Notes on vaccination in the North-West Frontier Province 1923-1928 - 1923-1928
Year: 1923
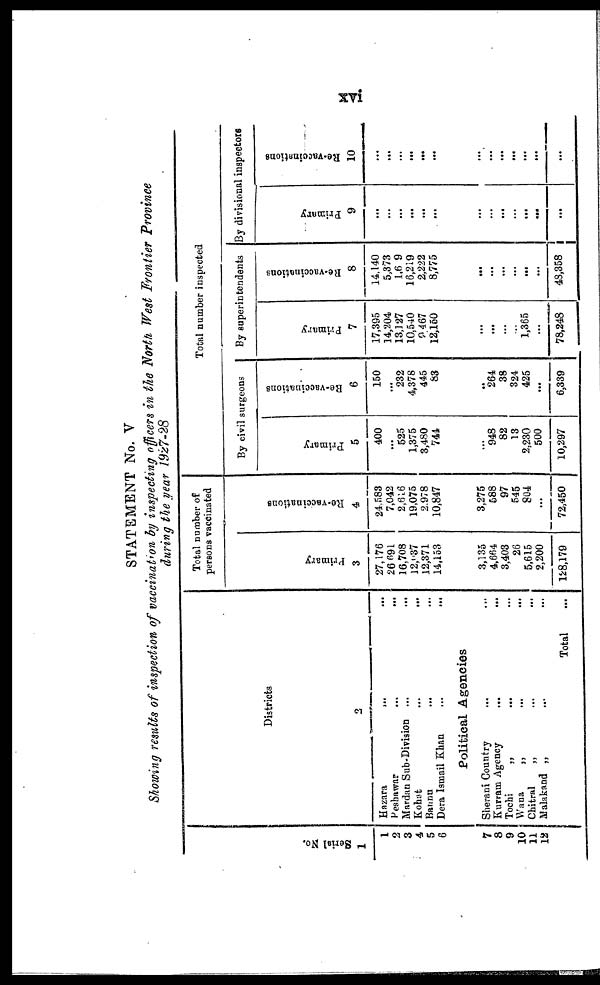
xvi
STATEMENT No. V
Showing results of inspection of vaccination by inspecting officers in the North West Frontier Province
during the year 1927-28
Serial No.
1
1
2
3
4
5
6
7
8
9
10
11
12
Districts
2
Hazara
...
...
Peshawar
...
...
Mardan Sub-Division ... ...
Kohat ... ...
Bannu ... ...
Dera Ismail Khan
...
...
Political Agencies
Sherani Country ... ...
Kurram Agency
...
...
Tochi
„ ... ...
Wana
„
...
...
Chitral
„ ... ...
Malakand „ ... ...
Total ...
Total number of
persons vaccinated
Primary
3
27,176
26,691
16,708
12,037
12,371
14,153
3,135
4,664
3,403
26
5,615
2,200
128,179
Re-vaccinations
4
24,583
7,042
2,616
19,075
2,978
10,847
3,275
588
97
545
804
...
72,450
Total number inspected
By civil surgeons
Primary
5
400
...
525
1,375
3,480
744
...
948
82
13
2,230
500
10,297
Re-vaccinations
6
150
...
232
4,378
445
83
...
264
38
324
425
...
6,339
By superintendents
Primary
7
17,395
14,204
13,127
10,540
9,467
12,150
...
...
...
...
1,365
...
78,248
Re-vaccinations
8
14,140
5,373
1,629
16,219
2,222
8,775
...
...
...
...
...
...
48,358
By divisional inspectors
Primary
9
...
...
...
...
...
...
...
...
...
...
...
...
...
Re-vaccinations
10
...
...
...
...
...
...
...
...
...
...
...
...
...